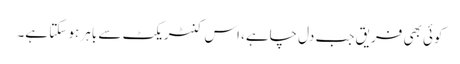
کوئی بھی فریق جب دل چاہے، اس کنٹریکٹ سے باہر ہو سکتا ہے۔